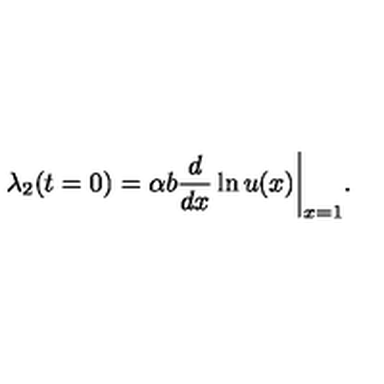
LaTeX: \lambda _ { 2 } ( t = 0 ) = \alpha b { \frac { d } { d x } } \ln u ( x ) \bigg | _ { x = 1 } .